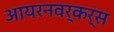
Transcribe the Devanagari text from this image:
आयरनवर्कर्स